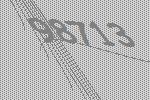
98713